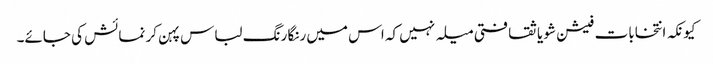
کیونکہ انتخابات فیشن شو یا ثقافتی میلہ نہیں کہ اس میں رنگا رنگ لباس پہن کر نمائش کی جائے۔